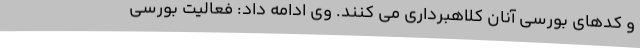
و کدهای بورسی آنان کلاهبرداری می کنند. وی ادامه داد: فعالیت بورسی